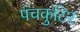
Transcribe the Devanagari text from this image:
पंचकुटिर